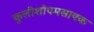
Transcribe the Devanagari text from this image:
कुलीशोपमसायक